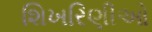
શિખરિણીઓ